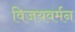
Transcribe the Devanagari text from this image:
विजयवर्मन